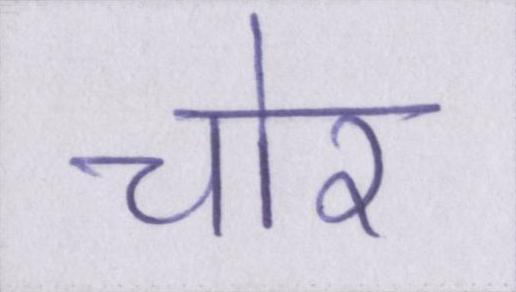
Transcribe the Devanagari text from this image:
चोर